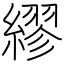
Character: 繆